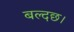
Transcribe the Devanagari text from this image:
बल्दछ।